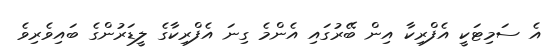
އެ ސަމިޓަކީ އެފްރިކާ އިން ބޭރުގައި އެންމެ ގިނަ އެފްރިކާގެ ލީޑަރުންގެ ބައިވެރިވެ